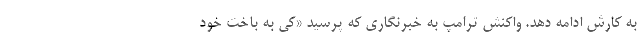
به کارش ادامه دهد. واکنش ترامپ به خبرنگاری که پرسید «کی به باخت خود